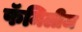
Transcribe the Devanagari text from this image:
फॅमिलीज